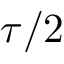
\tau / 2